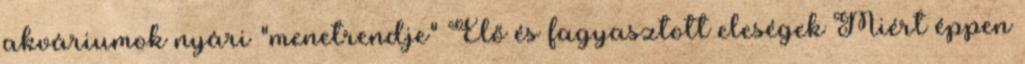
akváriumok nyári "menetrendje" Élő és fagyasztott eleségek Miért éppen